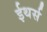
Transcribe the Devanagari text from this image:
ईथर्स